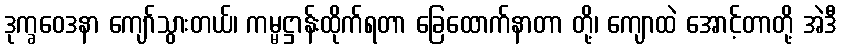
ဒုက္ခဝေဒနာ ကျော်သွားတယ်၊ ကမ္မဋ္ဌာန်းထိုက်ရတာ ခြေထောက်နာတာ တို့၊ ကျောထဲ အောင့်တာတို့ အဲဒီ